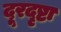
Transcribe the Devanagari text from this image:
दूरदृष्टा